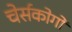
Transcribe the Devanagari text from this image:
चेर्सकोगो